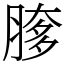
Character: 䐒